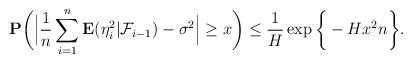
LaTeX: \begin{align*} \mathbf{P}\bigg(\Big| \frac1n \sum_{i=1}^n \mathbf{E}(\eta _i^2|\mathcal{F}_{i-1})- \sigma^2 \Big| \geq x \bigg) \leq \frac{1}{H} \exp\bigg\{ - H x^2 n \bigg\}.\end{align*}